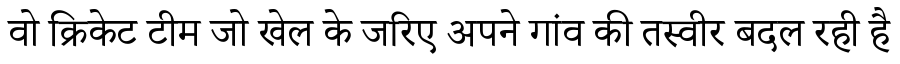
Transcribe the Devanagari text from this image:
वो क्रिकेट टीम जो खेल के जरिए अपने गांव की तस्वीर बदल रही है